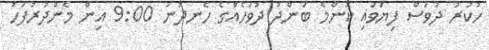
ހުކުރު ދުވަސް ފިޔަވައި ކޮންމެ ބަންދު ދުވަހެއްގެ ހެނދުނު 9:00 އިން މެންދުރުފަހު